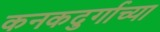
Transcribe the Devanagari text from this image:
कनकदुर्गाच्या